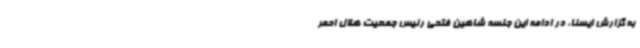
به گزارش ایسنا، در ادامه این جلسه شاهین فتحی رئیس جمعیت هلال احمر